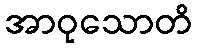
အာဝုသောတိ